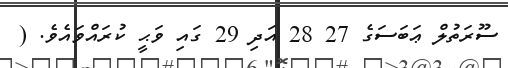
ސޫރަތުލް ޢަބަސަގެ 27 28 އަދި 29 ގައި ވަޙީ ކުރައްވައެވެ. (